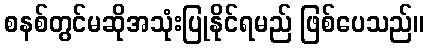
စနစ်တွင်မဆိုအသုံးပြုနိုင်ရမည် ဖြစ်ပေသည်။